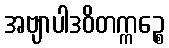
အဗျာပါဒဝိတက္ကဉ္စေ